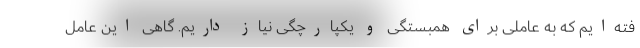
فته‌ایم که به عاملی برای همبستگی و یکپارچگی نیاز داریم. گاهی این عامل